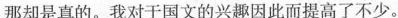
那却是真的。我对于国文的兴趣因此而提高了不少。